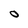
Character: 0